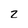
Character: 2